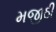
મજીઠી